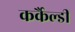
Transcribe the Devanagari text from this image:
कर्कैल्डी